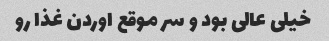
خیلی عالی بود و سر موقع اوردن غذا رو